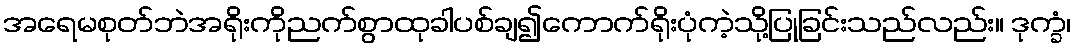
အရေမစုတ်ဘဲအရိုးကိုညက်စွာထုခါပစ်ချ၍ကောက်ရိုးပုံကဲ့သို့ပြုခြင်းသည်လည်း။ ဒုက္ခံ၊